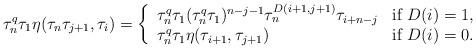
LaTeX: \begin{align*}\tau_n^q\tau_1 \eta(\tau_n\tau_{j+1}, \tau_i)=\left\{ \begin{array}{ll} \tau_n^q\tau_1(\tau_n^q\tau_1)^{n-j-1} \tau_n^{D(i+1,j+1)} \tau_{i+n-j} & \mbox{if~} D(i)=1,\\\tau_n^q\tau_1 \eta(\tau_{i+1}, \tau_{j+1}) & \mbox{if~} D(i)=0.\end{array}\right.\end{align*}